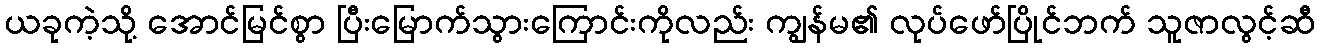
ယခုကဲ့သို့ အောင်မြင်စွာ ပြီးမြောက်သွားကြောင်းကိုလည်း ကျွန်မ၏ လုပ်ဖော်ပြိုင်ဘက် သူဇာလွင့်ဆီ